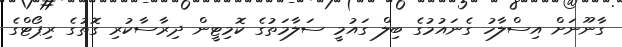
ގާނޫނަށް އިސްލާހު ގެނައުމުގެ ބިލް ގައުމީ ސަލާމަތުގެ ކޮމިޓީން ދިރާސާކުރި ގޮތުގެ ރިޕޯޓްގެ